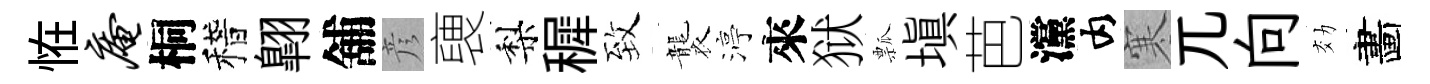
恠庵桐稽翺舖彦褏梨穉致襲渟來狱瓢填芭灙内寒兀向効畵